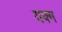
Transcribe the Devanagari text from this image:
यक्म